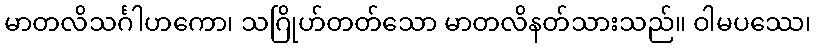
မာတလိသင်္ဂါဟကော၊ သဂြိုဟ်တတ်သော မာတလိနတ်သားသည်။ ဝါမပဿေ၊